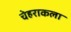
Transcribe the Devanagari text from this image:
चेहराकला